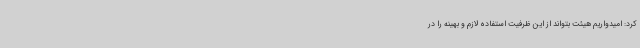
کرد: امیدواریم هیئت بتواند از این ظرفیت استفاده لازم و بهینه را در